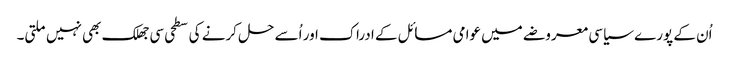
اُن کے پورے سیاسی معروضے میں عوامی مسائل کے ادراک اور اُسے حل کرنے کی سطحی سی جھلک بھی نہیں ملتی۔